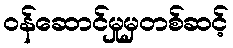
ဝန်ဆောင်မှုမှတစ်ဆင့်